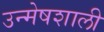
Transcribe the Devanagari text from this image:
उन्मेषशाली